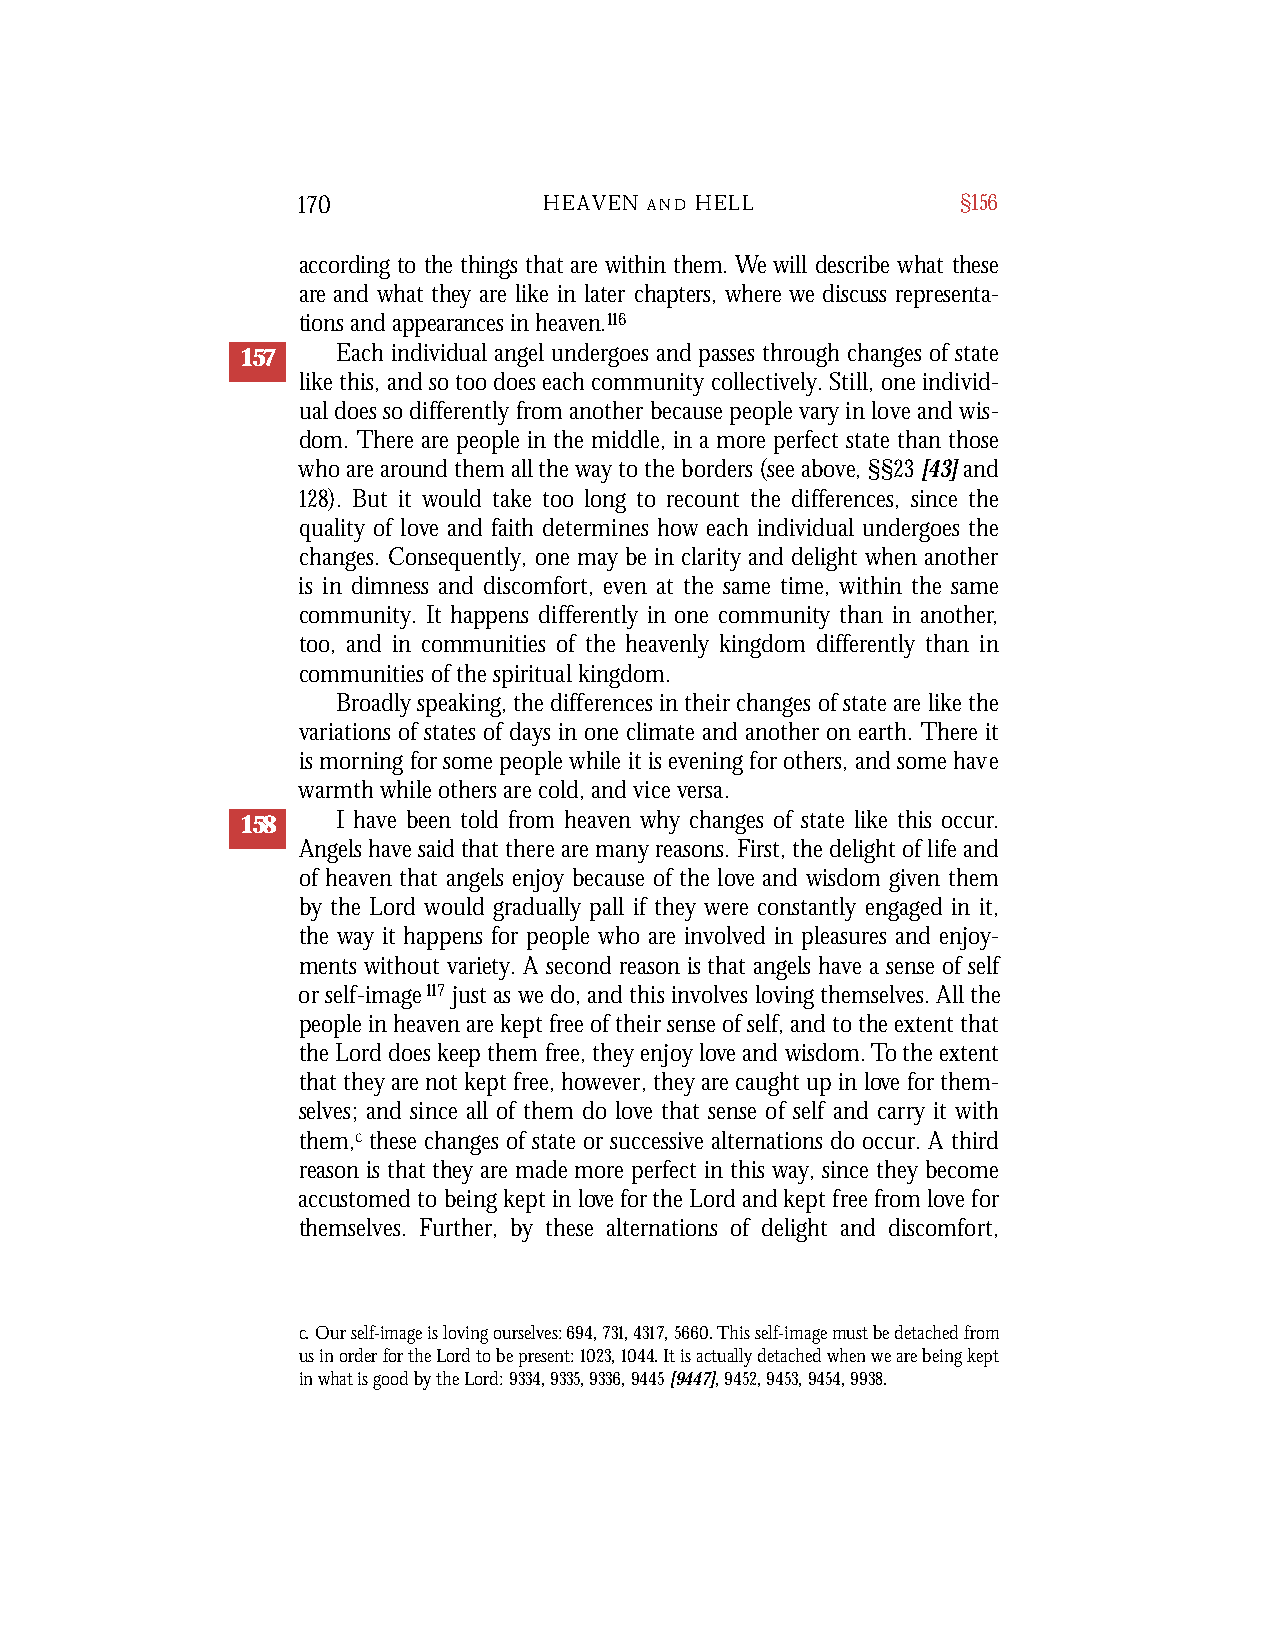
170             HEAVEN A N D H E L L        §156
 ac c o r ding to the things that are within them. We will describe what these
 ar e and what they are like in later chapters, where we discuss rep r es e n t a -
 tions and appearances in heaven . 11 6
 157   Each individual angel undergoes and passes through changes of state
 like this, and so too does each community collectively. Still, one individ-
 ual does so differently from another because people vary in love and wis-
 dom. There are people in the middle, in a more perfect state than those
 who are around them all the way to the borders (see above, §§23[43]and
 128). But it would take too long to recount the differences, since the
 quality of love and faith determines how each individual undergoes the
 changes. Consequently, one may be in clarity and delight when another
 is in dimness and discomfort, even at the same time, within the same
 community. It happens differently in one community than in another,
 too, and in communities of the heavenly kingdom differently than in
 communities of the spiritual kingdom.
 Broadly speaking, the differences in their changes of state are like the
 variations of states of days in one climate and another on earth. There it
 is morning for some people while it is evening for others, and some have
 warmth while others are cold, and vice versa.
 158   I have been told from heaven why changes of state like this occur.
 Angels have said that there are many reasons. First, the delight of life and
 of heaven that angels enjoy because of the love and wisdom given them
 by the Lord would gradually pall if they were constantly engaged in it,
 the way it happens for people who are involved in pleasures and enjoy-
 ments without variety. A second reason is that angels have a sense of self
 or self-image117 just as we do, and this involves loving themselves. All the
 people in heaven are kept free of their sense of self, and to the extent that
 the Lord does keep them free, they enjoy love and wisdom. To the extent
 that they are not kept free, however, they are caught up in love for them-
 selves; and since all of them do love that sense of self and carry it with
 them,c these changes of state or successive alternations do occur. A third
 reason is that they are made more perfect in this way, since they become
 accustomed to being kept in love for the Lord and kept free from love for
 themselves. Further, by these alternations of delight and discomfort,
 c. Our self-image is loving ourselves: 694,731,4317,5660. This self-image must be detached from
 us in order for the Lord to be present: 1023,1044. It is actually detached when we are being kept
 in what is good by the Lord: 9334, 9335, 9336, 9445[9447],9452, 9453, 9454, 9938.